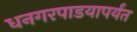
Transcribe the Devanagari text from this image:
धनगरपाडयापर्यंत